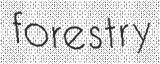
forestry